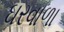
ઘરવાળા